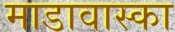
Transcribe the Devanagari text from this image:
माडावास्का